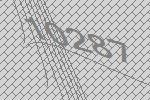
10287